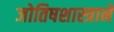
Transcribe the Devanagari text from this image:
जोतिषशास्त्राने